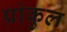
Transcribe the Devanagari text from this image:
प्रांकुल